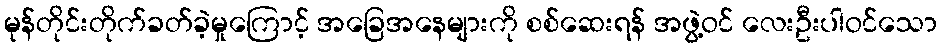
မုန်တိုင်းတိုက်ခတ်ခဲ့မှုကြောင့် အခြေအနေများကို စစ်ဆေးရန် အဖွဲ့ဝင် လေးဦးပါဝင်သော